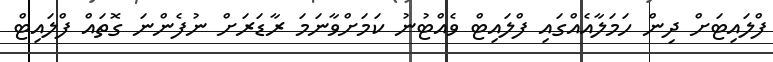
ފްލައިޓަށް ދިން ހަމަލާއެއްގައި ފްލައިޓް ވެއްޓުނު ކަމަށްވާނަމަ ރާޑަރަށް ނުފެންނަ ގޮތައް ފްލައިޓް